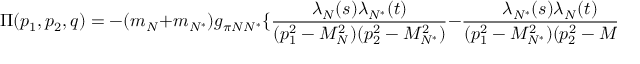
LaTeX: \Pi ( p _ { 1 } , p _ { 2 } , q ) = - ( m _ { N } + m _ { N ^ { \ast } } ) g _ { \pi N N ^ { \ast } } \{ { \frac { \lambda _ { N } ( s ) \lambda _ { N ^ { \ast } } ( t ) } { ( p _ { 1 } ^ { 2 } - M _ { N } ^ { 2 } ) ( p _ { 2 } ^ { 2 } - M _ { N ^ { \ast } } ^ { 2 } ) } } - { \frac { \lambda _ { N ^ { \ast } } ( s ) \lambda _ { N } ( t ) } { ( p _ { 1 } ^ { 2 } - M _ { N ^ { \ast } } ^ { 2 } ) ( p _ { 2 } ^ { 2 } - M _ { N } ^ { 2 } ) } } \} i { \hat { p } } \gamma _ { 5 } + \cdots